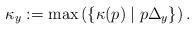
LaTeX: \begin{align*}\kappa_y := \max \left( \{ \kappa(p) \mid p \Delta_y \} \right).\end{align*}